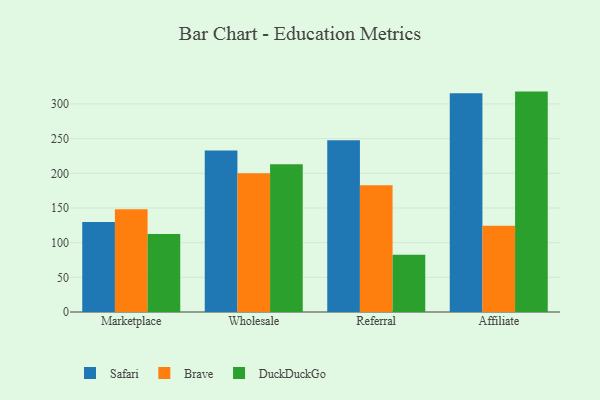
{"axis": {"x": "Channel", "y": "Production Output"}, "legend": ["Brave", "DuckDuckGo", "Safari"], "data": [{"x": "Marketplace", "y": 129.6, "type": "Safari"}, {"x": "Marketplace", "y": 148.1, "type": "Brave"}, {"x": "Marketplace", "y": 112.5, "type": "DuckDuckGo"}, {"x": "Wholesale", "y": 232.9, "type": "Safari"}, {"x": "Wholesale", "y": 200.0, "type": "Brave"}, {"x": "Wholesale", "y": 213.1, "type": "DuckDuckGo"}, {"x": "Referral", "y": 247.6, "type": "Safari"}, {"x": "Referral", "y": 182.9, "type": "Brave"}, {"x": "Referral", "y": 82.7, "type": "DuckDuckGo"}, {"x": "Affiliate", "y": 315.4, "type": "Safari"}, {"x": "Affiliate", "y": 124.5, "type": "Brave"}, {"x": "Affiliate", "y": 317.8, "type": "DuckDuckGo"}]}